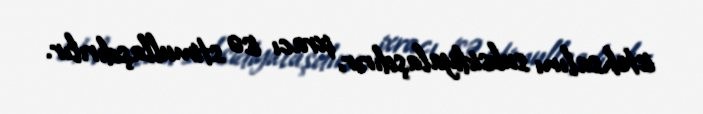
istehsalını subsidiyalaşdırır, ixracı isə stimullaşdırılır.